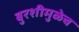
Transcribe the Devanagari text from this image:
बुरशीमुळेच